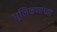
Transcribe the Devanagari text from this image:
धूलिकणाच्या